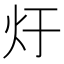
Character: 𮳚